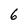
Character: 6